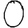
Digit: 0